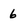
Character: 6